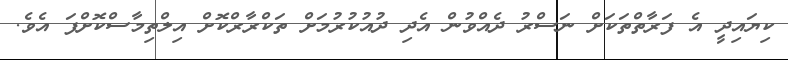
ކިޔައިދީ އެ ފަރާތްތަކަށް ނަސްރު ދެއްވުން އެދި ދުއުކުރުމަށް ތަކްރާރްކޮށް އިލްތިމާސްކޮށްފަ އެވެ.